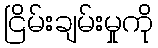
ငြိမ်းချမ်းမှုကို